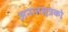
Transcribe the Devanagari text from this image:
अनन्तसूत्रको